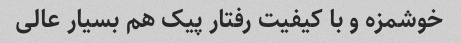
خوشمزه و با کیفیت رفتار پیک هم بسیار عالی